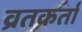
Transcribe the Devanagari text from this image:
व्रतकर्ता